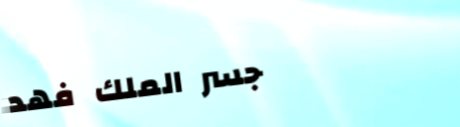
جسر الملك فهد